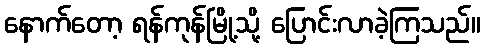
နောက်တော့ ရန်ကုန်မြို့သို့ ပြောင်းလာခဲ့ကြသည်။